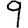
Digit: 9